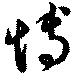
愽